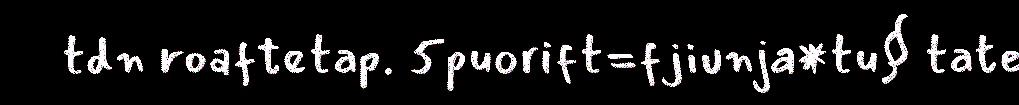
tdn roaftetap. 5puorift=fjiunja*tu§ tate